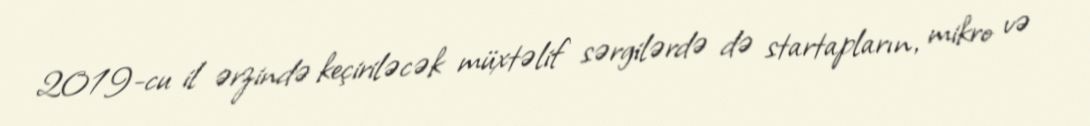
2019-cu il ərzində keçiriləcək müxtəlif sərgilərdə də startapların, mikro və